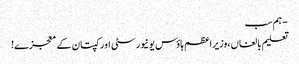
- ہم سب
تعلیم بالغاں،وزیراعظم ہاؤس یونیورسٹی اور کپتان کے معجزے!